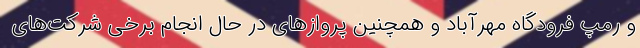
و رمپ فرودگاه مهرآباد و همچنین پروازهای در حال انجام برخی شرکت‌های